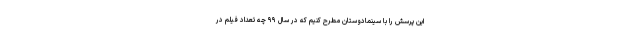
این پرسش را با سینمادوستان مطرح کنیم که در سال ۹۹ چه تعداد فیلم در